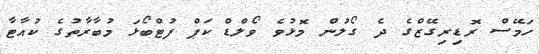
ހަމޭސް ރޮޑިރިގޭޒްގެ ދެ ގޯލުން މޮޅުވެ ވޯލްޑް ކަޕް ފުޓްބޯޅަ މުބާރާތުގެ ކުއާޓާ